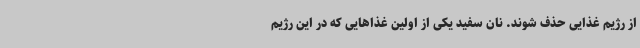
از رژیم غذایی حذف شوند. نان سفید یکی از اولین غذاهایی که در این رژیم